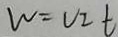
w = V _ { I } t